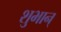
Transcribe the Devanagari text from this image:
शुभान्